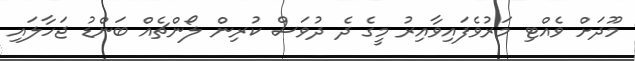
މޫދަށް ވެއްޓި މަރުވެފައިވާއިރު މީގެ ދެ ދުވަސް ކުރިން ލޯންޗެއް ބަންޑު ޖަހާލައި